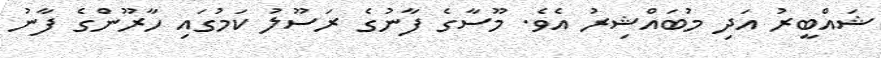
ޝައްބީރު އަދި މުބައްޝިރު އެވެ. މޫސާގެ ފާނުގެ ރަސޫލު ކަމުގައި ހާރޫންގެ ފާނު